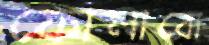
ফোলাবো